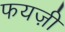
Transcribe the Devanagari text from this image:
फयज़ी